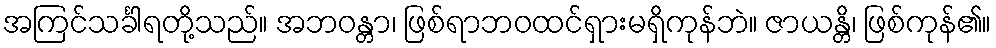
အကြင်သင်္ခါရတို့သည်။ အဘဝန္တာ၊ ဖြစ်ရာဘဝထင်ရှားမရှိကုန်ဘဲ။ ဇာယန္တိ၊ ဖြစ်ကုန်၏။